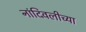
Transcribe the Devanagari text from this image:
नांदिवलीच्या